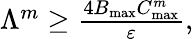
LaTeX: \begin{array}{r}{\Lambda^{m}\ge\frac{4B_{\mathrm{max}}C_{\mathrm{max}}^{m}}{\varepsilon},}\end{array}